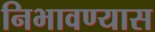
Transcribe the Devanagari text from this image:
निभावण्यास